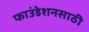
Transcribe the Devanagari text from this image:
फाउंडेशनसाठी